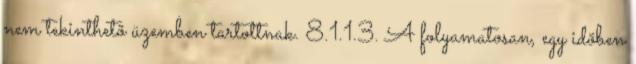
nem tekinthetõ üzemben tartottnak. 8.1.1.3. A folyamatosan, egy idõben